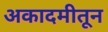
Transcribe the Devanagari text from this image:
अकादमीतून